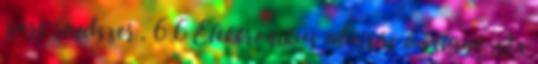
zárt rendszer . 6 6 Elektronikus aláírás e-szignó Az